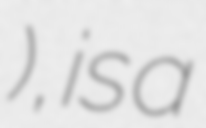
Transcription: хребет), is a